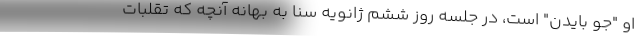
او "جو بایدن" است، در جلسه روز ششم ژانویه سنا به بهانه آنچه که تقلبات